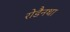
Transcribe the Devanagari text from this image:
रोडैनथा